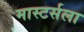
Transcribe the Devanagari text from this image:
मास्टर्सला